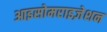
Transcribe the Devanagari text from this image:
आइसोमराइज़ेशन